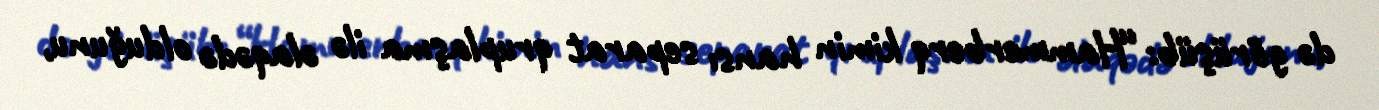
də görüşüb: “Hammerberq kimin hansı separat qruplaşma ilə əlaqədə olduğunu,